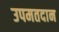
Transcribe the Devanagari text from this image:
उपमतदान